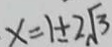
x = 1 \pm 2 \sqrt { 3 }